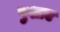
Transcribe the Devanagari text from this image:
पुश्तए